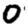
Digit: 0